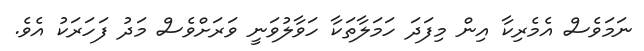
ނަމަވެސް އެމެރިކާ އިން މިފަދަ ހަމަލާތަކާ ހަވާލުވަނީ ވަރަށްވެސް މަދު ފަހަރަކު އެވެ.